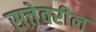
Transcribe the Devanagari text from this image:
सत्तेवरील